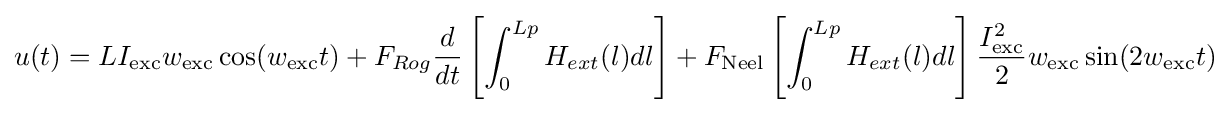
u(t)=LI_{\text{exc}}w_{\text{exc}}\cos(w_{\text{exc}}t)+F_{Rog}{\frac {d}{dt}}\left[\int _{0}^{Lp}H_{ext}(l)dl\right]+F_{\text{Neel}}\left[\int _{0}^{Lp}H_{ext}(l)dl\right]{\frac {I_{\text{exc}}^{2}}{2}}w_{\text{exc}}\sin(2w_{\text{exc}}t)